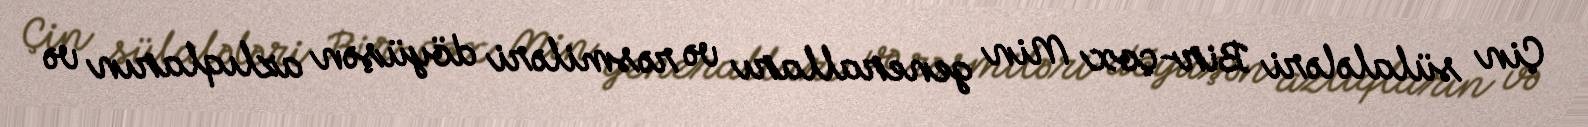
Çin sülalələri Bir-çox Min generalları və rəsmiləri döyüşən azlıqların və